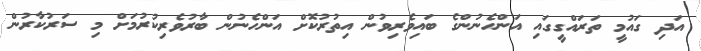
އަދި ގައުމީ ތަރައްގީގައި އަންހެނުންގެ ބައިވެރިވުން އިތުރުކޮށް އަންހެނުން ބާރުވެރިކުރުމަށް މި ސަރުކާރުން